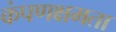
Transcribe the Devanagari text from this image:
कंपणक्षमता